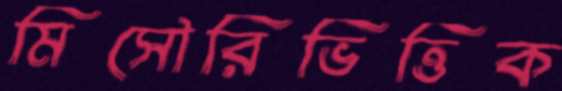
মিসৌরিভিত্তিক